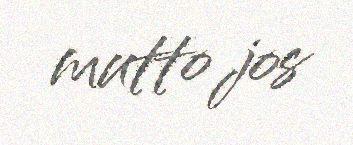
mutto jos